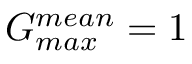
G _ { m a x } ^ { m e a n } = 1